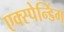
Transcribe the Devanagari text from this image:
एक्स्पेन्डिंग